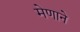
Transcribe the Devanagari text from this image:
मेणाने